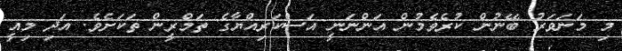
މި މަނަވަރު ބޭނުން ކުރެވެމުން އަންނަނީ އަސްކަރިއްޔާގެ ތަމްރީން ތަކަށެވެ. އަދި މިއީ